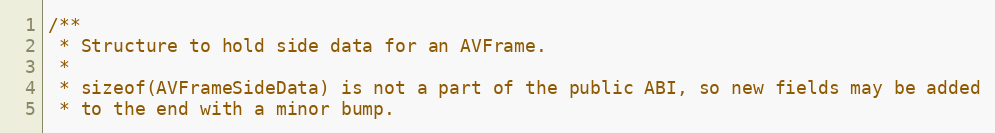
Language: C
/**
 * Structure to hold side data for an AVFrame.
 *
 * sizeof(AVFrameSideData) is not a part of the public ABI, so new fields may be added
 * to the end with a minor bump.